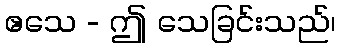
ဧသေ - ဤ သေခြင်းသည်၊